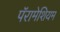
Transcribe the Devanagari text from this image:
पॅरामेशियम